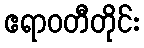
ဧရာဝတီတိုင်း